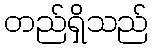
တည်ရှိသည်